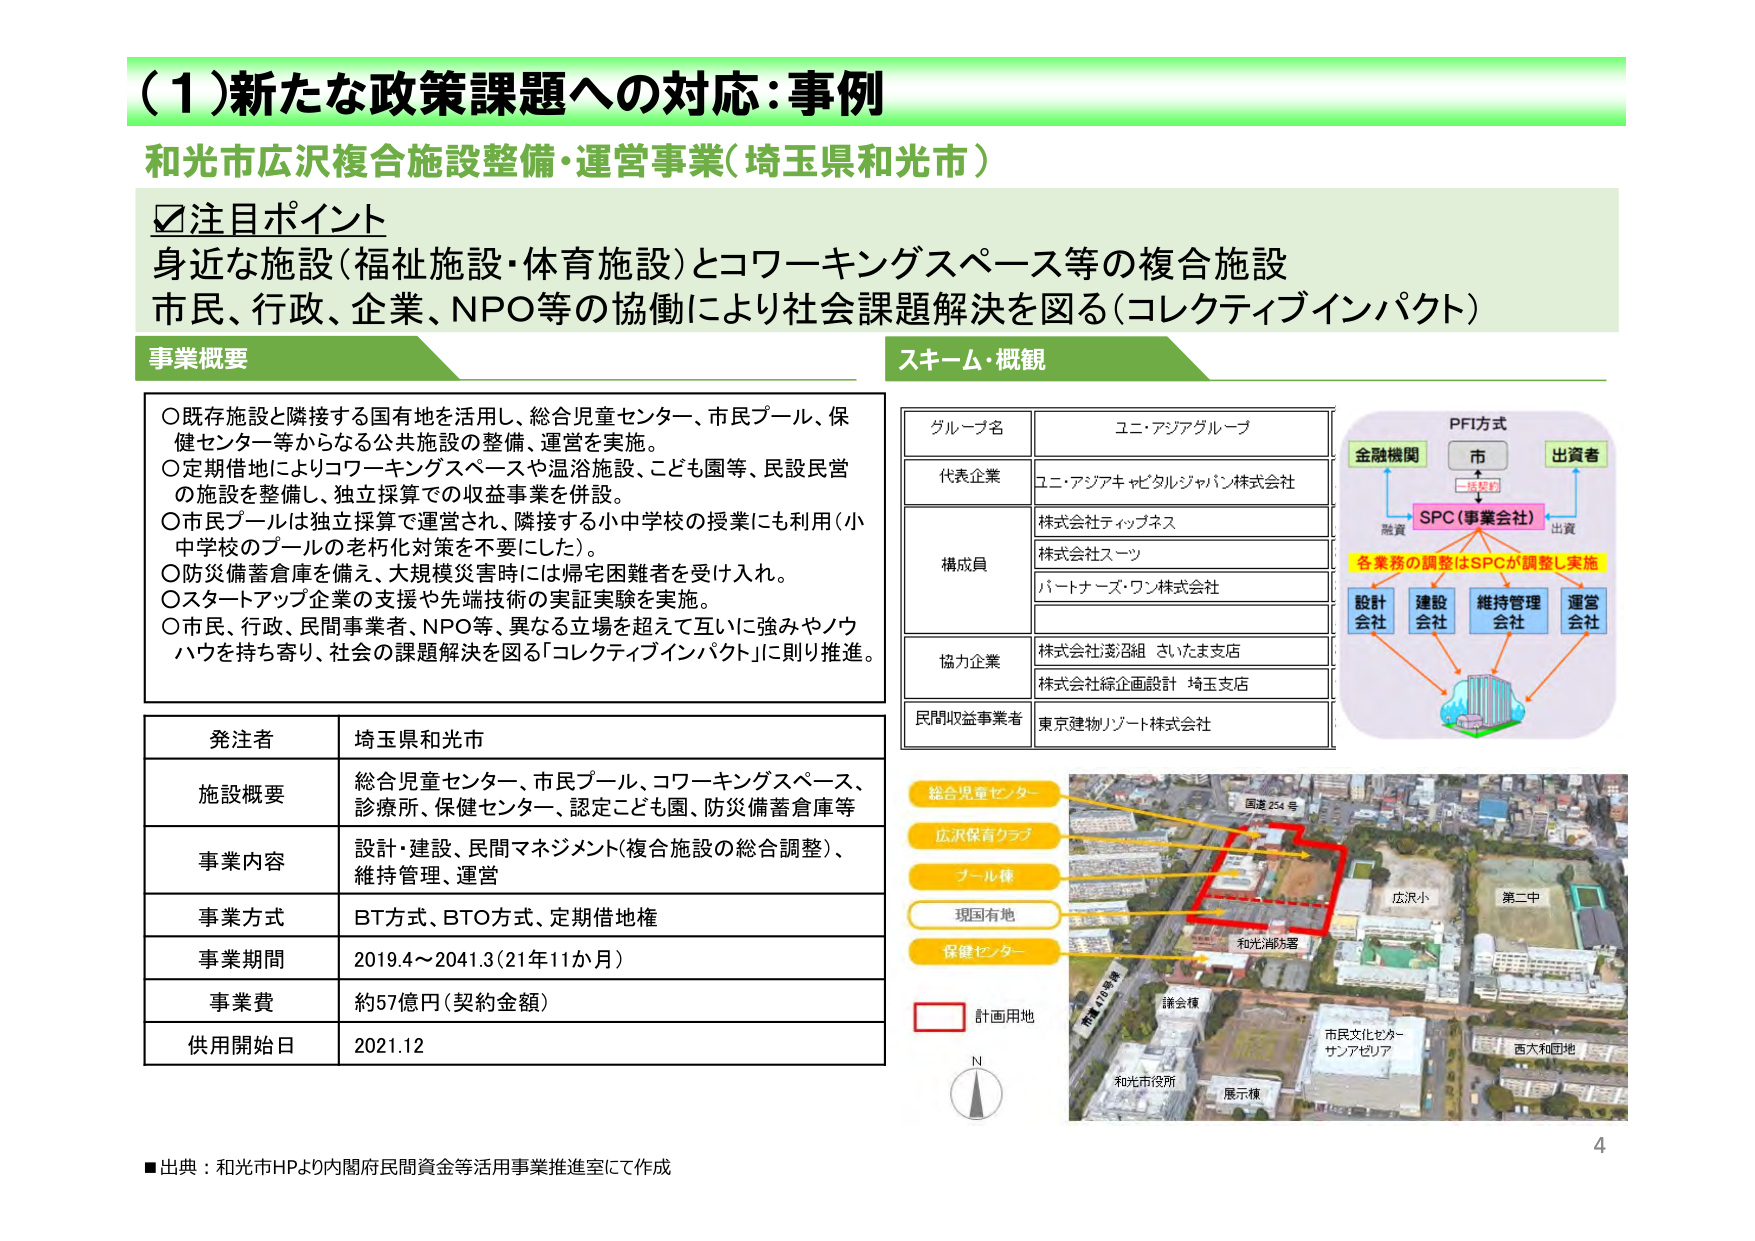
（１）新たな政策課題への対応：事例
和光市広沢複合施設整備・運営事業（埼玉県和光市）

☑注目ポイント
身近な施設（福祉施設・体育施設）とコワーキングスペース等の複合施設
市民、行政、企業、NPO等の協働により社会課題解決を図る（コレクティブインパクト）

事業概要
○既存施設と隣接する国有地を活用し、総合児童センター、市民プール、保健センター等からなる公共施設の整備、運営を実施。
○定期借地によりコワーキングスペースや温浴施設、こども園等、民設民営の施設を整備し、独立採算での収益事業を併設。
○市民プールは独立採算で運営され、隣接する小中学校の授業にも利用（小中学校のプールの老朽化対策を不要にした）。
○防災備蓄倉庫を備え、大規模災害時には帰宅困難者を受け入れ。
○スタートアップ企業の支援や先端技術の実証実験を実施。
○市民、行政、民間事業者、NPO等、異なる立場を超えて互いに強みやノウハウを持ち寄り、社会の課題解決を図る「コレクティブインパクト」に則り推進。

スキー・概観
グループ名　ユニ・アジアグループ
代表企業　ユニ・アジアキャピタルジャパン株式会社
構成員
　株式会社ティップネス
　株式会社スーツ
　パートナーズ・ワン株式会社
協力企業
　株式会社澎泓組 さいたま支店
　株式会社総企画設計 埼玉支店
民間収益事業者　東京建物リゾート株式会社

PFI方式
金融機関　→　市　→　出資者
　　　　　　↓（一括契約）
　　　　　　SPC（事業会社）
　　　　　　↓（融資）　↓（出資）
　　　　　　設計会社　建設会社　維持管理会社　運営会社
　　　　　　　　　　　　　　　　　　　　　　↓
　　　　　　　　　　　　　　　　　　　　施設（ビル）
各業務の調整はSPCが調整し実施

発注者　埼玉県和光市
施設概要　総合児童センター、市民プール、コワーキングスペース、診療所、保健センター、認定こども園、防災備蓄倉庫等
事業内容　設計・建設、民間マネジメント（複合施設の総合調整）、維持管理、運営
事業方式　BT方式、BTO方式、定期借地権
事業期間　2019.4～2041.3（21年11か月）
事業費　約57億円（契約金額）
供用開始日　2021.12

総合児童センター
広沢保育クラブ
プール棟
現国有地
保健センター
計画用地
N
和光市役所
展示棟
謙会棟
和光消防署
広沢小
第二中
市民文化センター
サンアゼリア
西大和団地
国道254号
市道478号線

■出典：和光市HPより内閣府民間資金等活用事業推進室にて作成
4